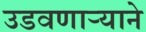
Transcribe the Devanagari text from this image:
उडवणाऱ्याने